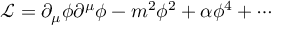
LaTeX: \mathcal { L } = \partial _ { \mu } \phi \partial ^ { \mu } \phi - m ^ { 2 } \phi ^ { 2 } + \alpha \phi ^ { 4 } + \cdots